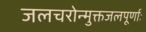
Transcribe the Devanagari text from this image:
जलचरोन्मुक्तजलपूर्णाः